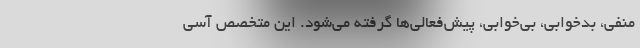
منفی، بدخوابی، بی‌خوابی، پیش‌فعالی‌ها گرفته می‌شود. این متخصص آسی